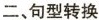
二、句型转换